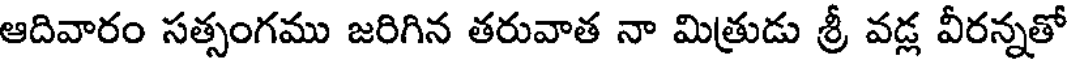
ఆదివారం సత్సంగము జరిగిన తరువాత నా మిత్రుడు శ్రీ వడ్ల వీరన్నతో